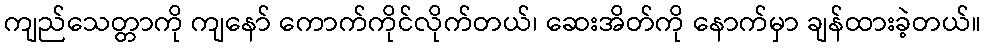
ကျည်သေတ္တာကို ကျနော် ကောက်ကိုင်လိုက်တယ်၊ ဆေးအိတ်ကို နောက်မှာ ချန်ထားခဲ့တယ်။